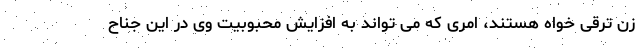
زن ترقی خواه هستند، امری که می تواند به افزایش محبوبیت وی در این جناح